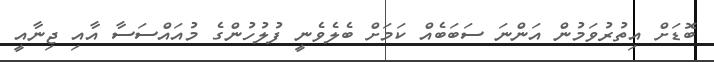
ބޮޑަށް އިތުރުވަމުން އަންނަ ސަބަބެއް ކަމަށް ބެލެވެނީ ފުލުހުންގެ މުއައްސަސާ އާއި ޖިނާއީ